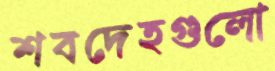
শবদেহগুলো